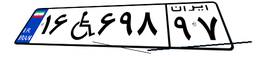
۸۵W۵۸۲۹۲